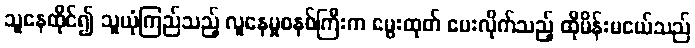
သူနေထိုင်၍ သူယုံကြည်သည့် လူနေမှုစနစ်ကြီးက မွေးထုတ် ပေးလိုက်သည့် ထိုမိန်းမငယ်သည်